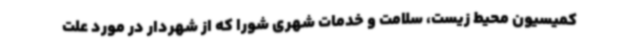
کمیسیون محیط زیست، سلامت و خدمات شهری شورا که از شهردار در مورد علت